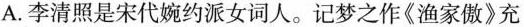
A.李清照是宋代婉约派女词人。记梦之作《渔家傲》充